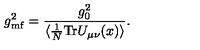
g _ { \mathrm { m f } } ^ { 2 } = { \frac { g _ { 0 } ^ { 2 } } { \langle \frac { 1 } { N } \mathrm { T r } U _ { \mu \nu } ( x ) \rangle } } .